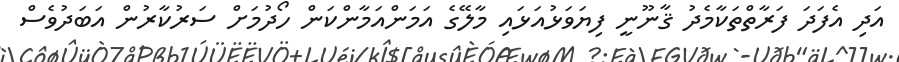
އަދި އެފަދަ ފަރާތްތަކާމެދު ޤާނޫނީ ފިޔަވަޅުއަޅައި މާލޭގެ އަމަންއަމާންކަން ހޯދުމަށް ސަރުކާރުން އަބަދުވެސް